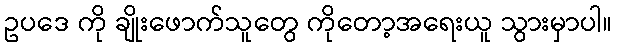
ဥပဒေ ကို ချိုးဖောက်သူတွေ ကိုတော့အရေးယူ သွားမှာပါ။